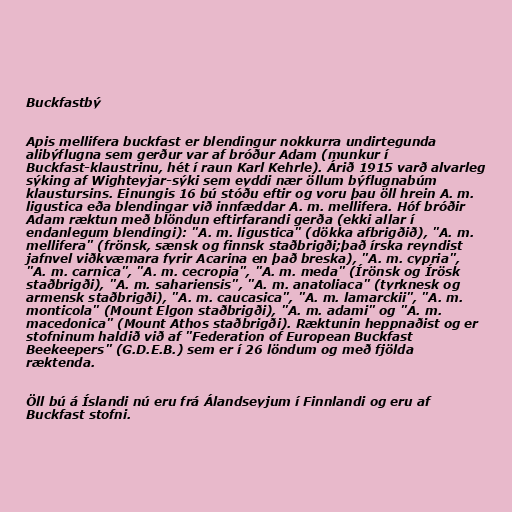
Buckfastbý

Apis mellifera buckfast er blendingur nokkurra undirtegunda
alibýflugna sem gerður var af bróður Adam (munkur í
Buckfast-klaustrinu, hét í raun Karl Kehrle). Árið 1915 varð alvarleg
sýking af Wighteyjar-sýki sem eyddi nær öllum býflugnabúm
klaustursins. Einungis 16 bú stóðu eftir og voru þau öll hrein A. m.
ligustica eða blendingar við innfæddar A. m. mellifera. Hóf bróðir
Adam ræktun með blöndun eftirfarandi gerða (ekki allar í
endanlegum blendingi): "A. m. ligustica" (dökka afbrigðið), "A. m.
mellifera" (frönsk, sænsk og finnsk staðbrigði;það írska reyndist
jafnvel viðkvæmara fyrir Acarina en það breska), "A. m. cypria",
"A. m. carnica", "A. m. cecropia", "A. m. meda" (Írönsk og Írösk
staðbrigði), "A. m. sahariensis", "A. m. anatoliaca" (tyrknesk og
armensk staðbrigði), "A. m. caucasica", "A. m. lamarckii", "A. m.
monticola" (Mount Elgon staðbrigði), "A. m. adami" og "A. m.
macedonica" (Mount Athos staðbrigði). Ræktunin heppnaðist og er
stofninum haldið við af "Federation of European Buckfast
Beekeepers" (G.D.E.B.) sem er í 26 löndum og með fjölda
ræktenda.

Öll bú á Íslandi nú eru frá Álandseyjum í Finnlandi og eru af
Buckfast stofni.